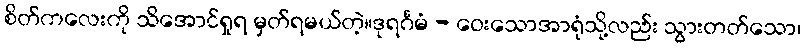
စိတ်ကလေးကို သိအောင်ရှုရ မှတ်ရမယ်တဲ့။ဒုရင်္ဂမံ - ဝေးသောအာရုံသို့လည်း သွားတတ်သော၊